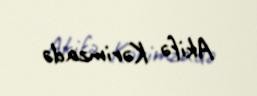
Akifə Kərimzadə